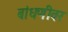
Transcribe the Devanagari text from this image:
बांधणीवर